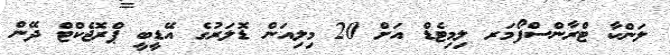
ލަންކާ ޓްރާންސްފޯމަރ ލިމިޓެޑް އަށް 20 މިލިއަން ޑޮލަރުގެ އޭޑީބީ ޕްރޮޖެކްޓް ދޭން